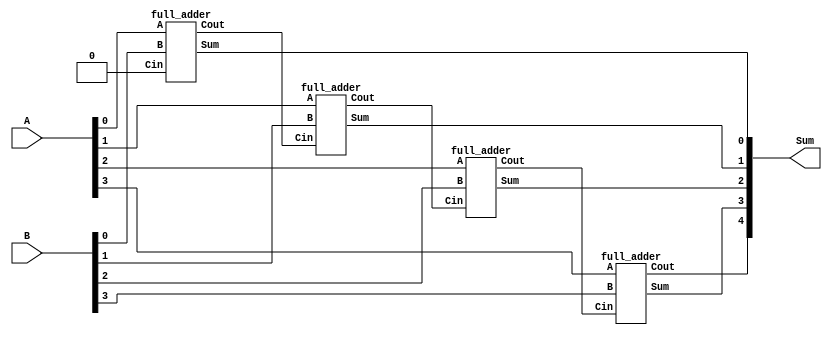
`timescale 1ns / 1ps

module RippleCarryAdder #(parameter InputWidth = 4) (
  input [InputWidth-1:0] A,
  input [InputWidth-1:0] B,
  output [InputWidth:0] Sum
);

  wire [InputWidth:0] carry;
  
  genvar i;
  generate
    for (i = 0; i < InputWidth; i=i+1) begin : gen_adders
      full_adder FA (
        .A(A[i]),
        .B(B[i]),
        .Cin(i == 0 ? 1'b0 : carry[i-1]),
        .Sum(Sum[i]),
        .Cout(carry[i])
      );
    end
  endgenerate

  // Overflow bit
  assign Sum[InputWidth] = carry[InputWidth-1];

endmodule

module full_adder (
  input A,
  input B,
  input Cin,
  output Sum,
  output Cout
);

  assign Sum = A ^ B ^ Cin;
  assign Cout = (A & B) | (A & Cin) | (B & Cin);

endmodule


`timescale 1ns / 1ps

module tb_RippleCarryAdder;

  reg [3:0] A, B;
  reg Cin;
  wire [4:0] Sum; // Change wire to reg


  RippleCarryAdder #(4) RCA (
    .A(A),
    .B(B),

    .Sum(Sum)
  );

  initial begin
    // Test case 1
    A = 4'b0110;
    B = 4'b1011;
    Cin = 1'b0;

    #10;

    // Check the result
    if (Sum === 5'b10001)
      $display("Test case 1 passed");
    else
      $display("Test case 1 failed");

    // Test case 2
    A = 4'd5;
    B = 4'd2;
    Cin = 1'b0;

    #10;

    // Check the result
    if (Sum === 5'd7)
      $display("Test case 2 passed");
    else
      $display("Test case 2 failed");

    // Add more test cases as needed

    // Finish simulation
    $finish;
  end

endmodule